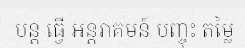
បន្ត ធ្វើ អន្តរាគមន៍ បញ្ចុះ តម្លៃ